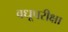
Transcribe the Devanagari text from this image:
वधूपरीक्षा